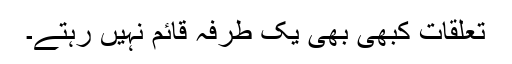
تعلقات کبھی بھی یک طرفہ قائم نہیں رہتے۔